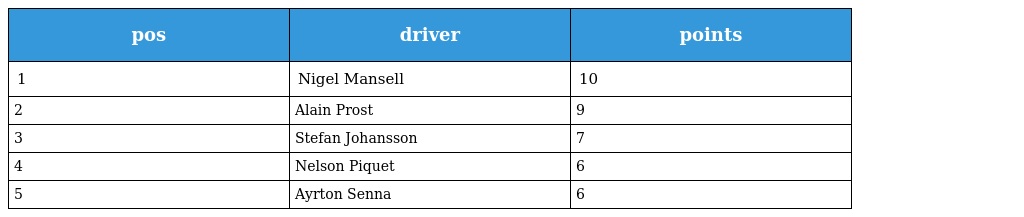
| pos | driver | points |
 | --- | --- | --- |
 | 1 | Nigel Mansell | 10 |
 | 2 | Alain Prost | 9 |
 | 3 | Stefan Johansson | 7 |
 | 4 | Nelson Piquet | 6 |
 | 5 | Ayrton Senna | 6 |